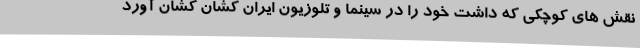
نقش های کوچکی که داشت خود را در سینما و تلوزیون ایران کشان کشان آورد